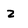
Character: z